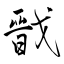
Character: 戩